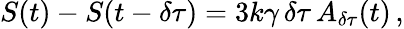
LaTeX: S(t)-S(t-\delta\tau)=3k\gamma\, \delta\tau\, A_{\delta\tau}(t)\, ,